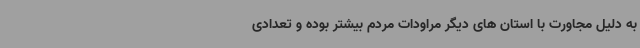
به دلیل مجاورت با استان های دیگر مراودات مردم بیشتر بوده و تعدادی